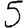
Digit: 5